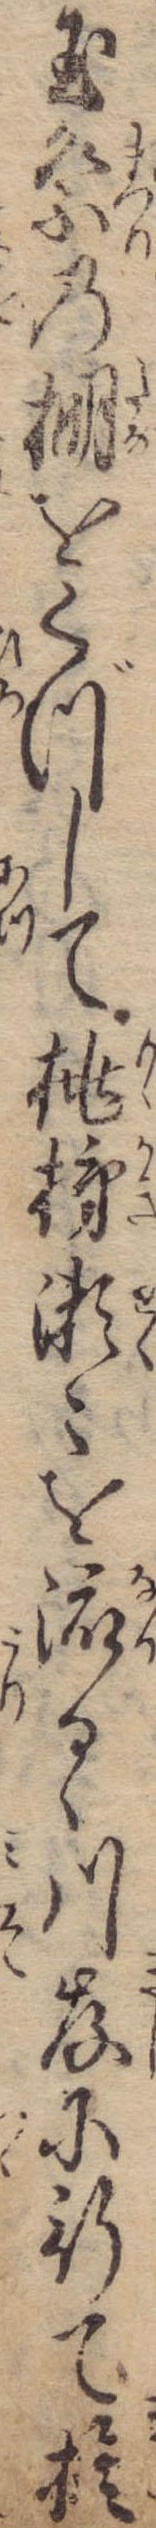
玉祭の棚をくづして桃瀬々を流るゝ川岸に行て捨